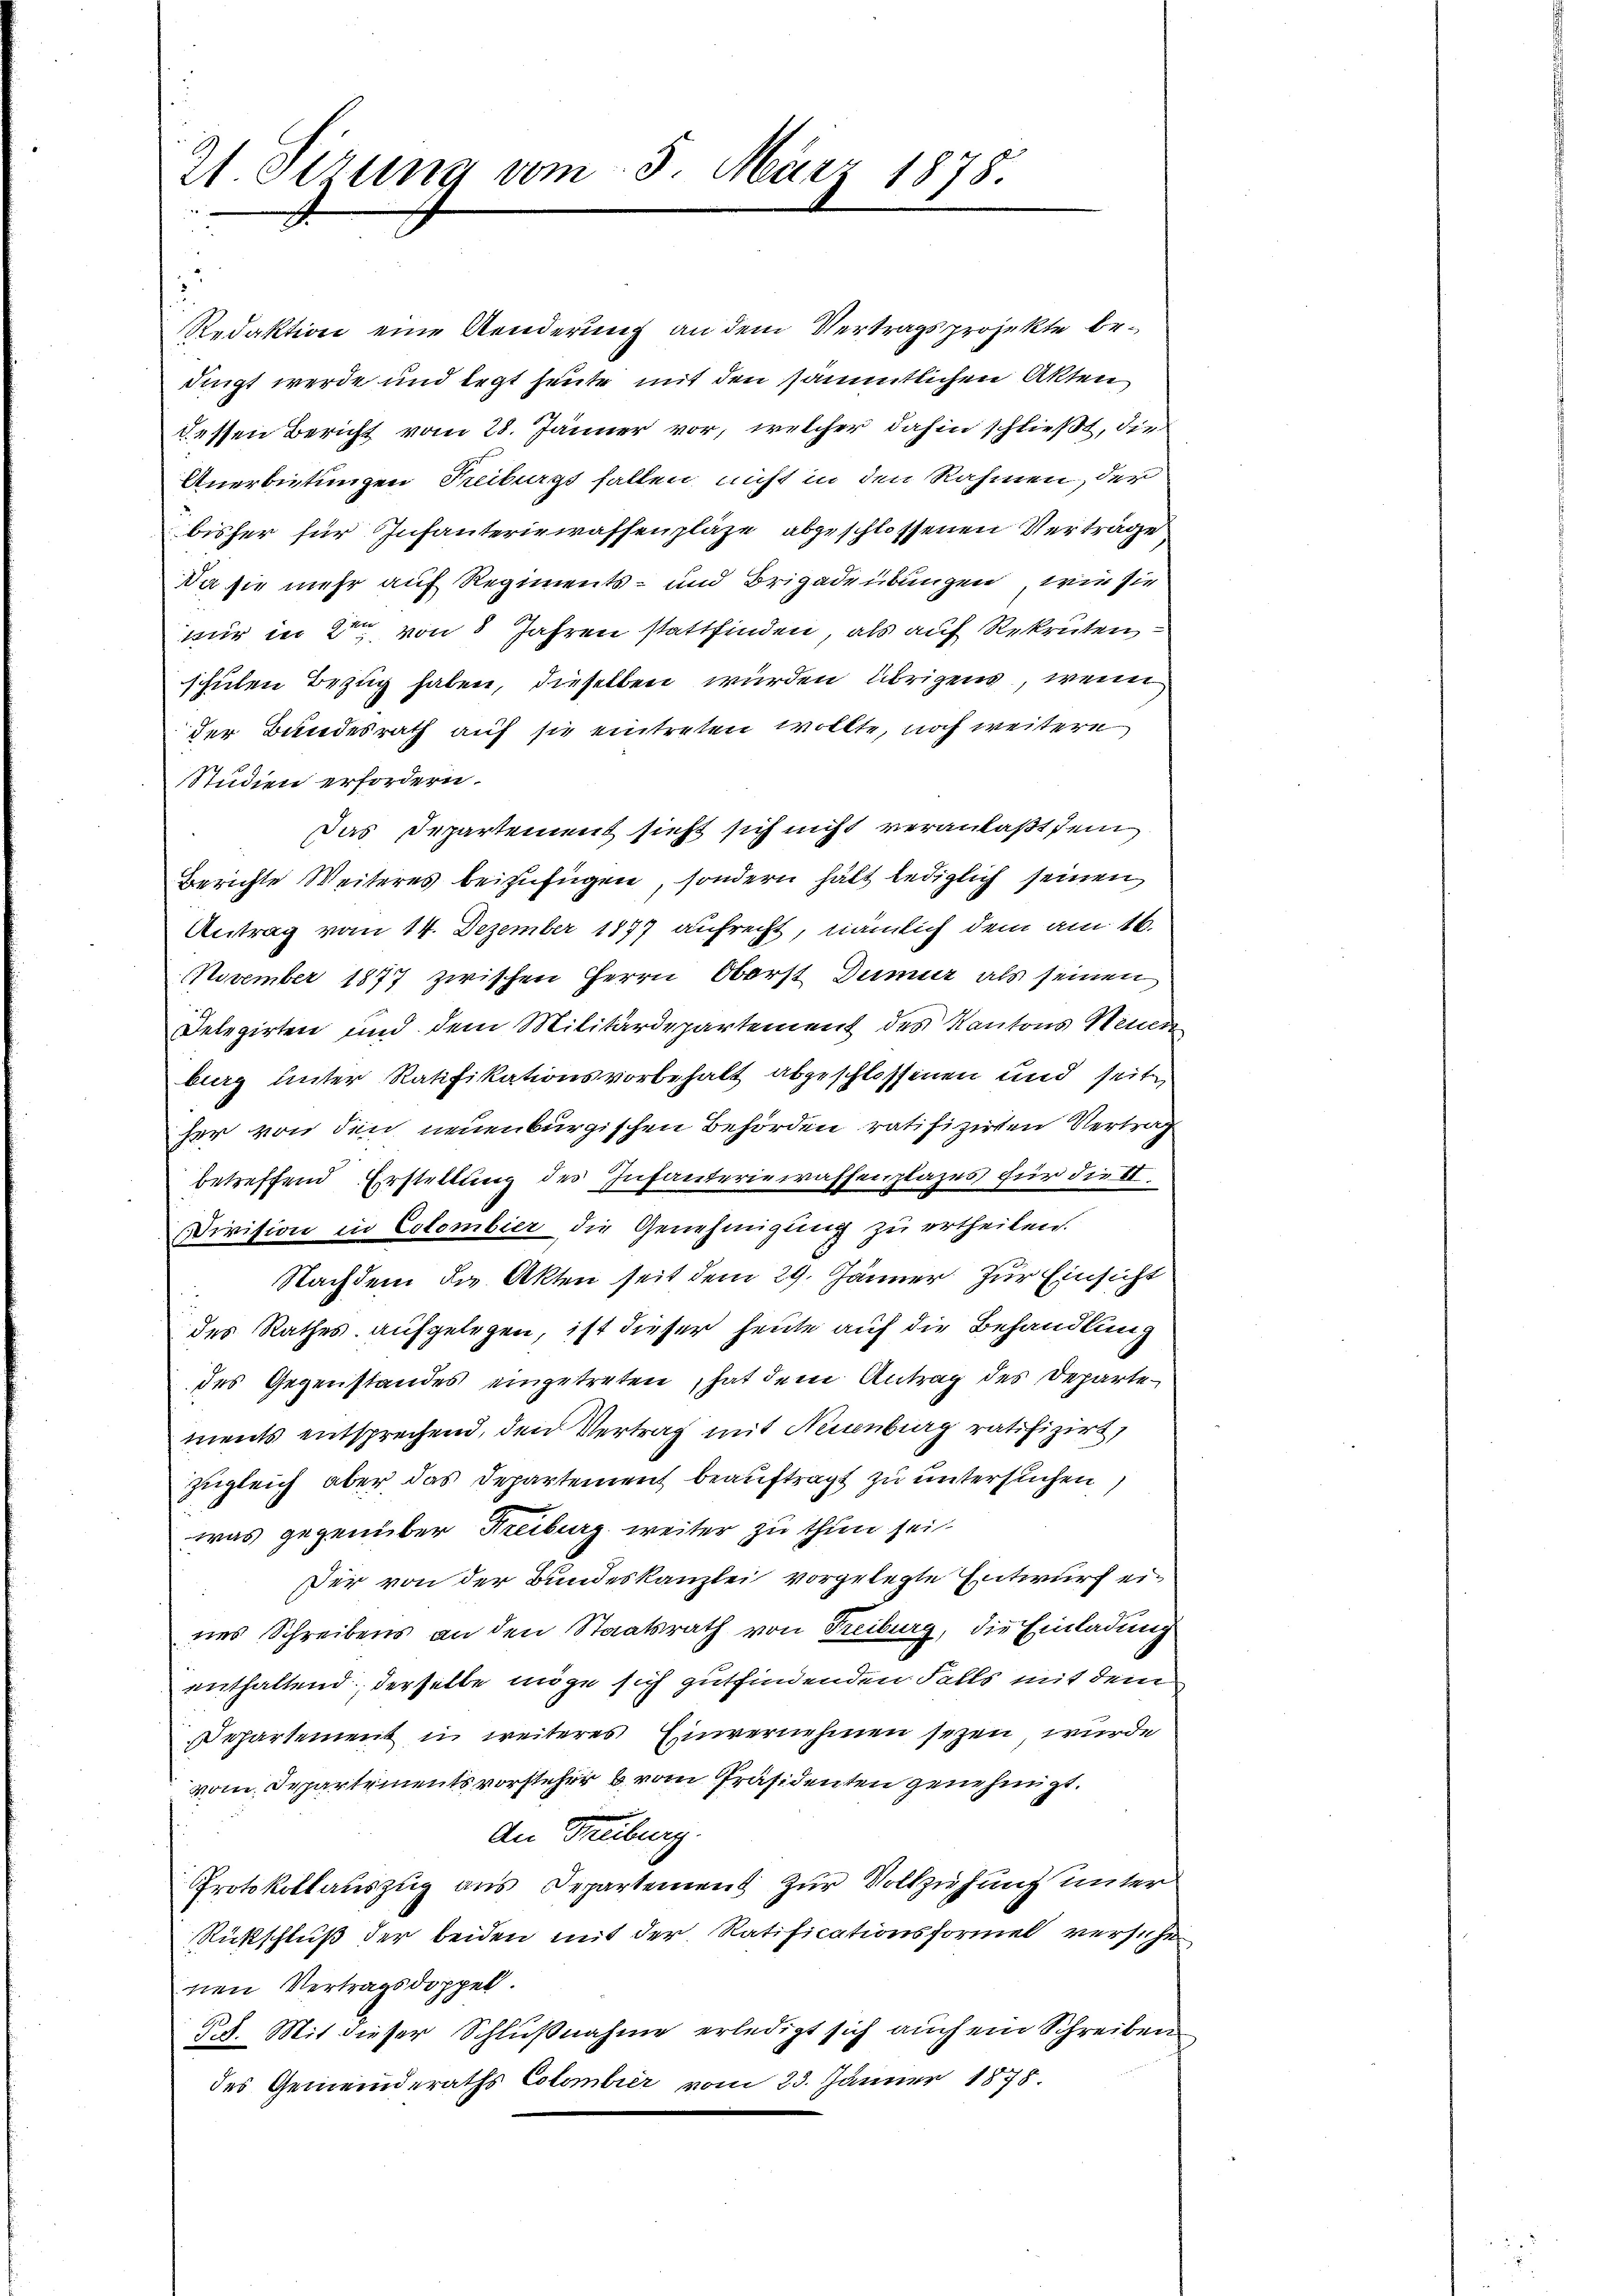
Zt. Sizung vom 3. März 1878.

2

Redaktion eine Aenderung an dem Vertragsprojekte bedingt werde und legt heute mit den sämmtlichen Akten
dessen Bericht vom 28. Jänner vor, welcher dahin schließt, die
Anerbietungen Treiburgs fallen, nicht in den Rahmen, der
bisher für Infanteriewaffenpläge abgeschlossenen Vertrage
Da sie mehr auf Regiments- und Brigadeübungen, wie sie
nur in 2ten von 8 Jahren stattfinden, als auf Rekruten
schulen Bezug haben, dieselben wurden übrigen, wenn
der Bundesrath auf sie eintreten wollte, noch weitere
Studien erfordern.
Das Departement sieht sich nicht veranlaßt sein
Berichte Weiteres beizufügen, sondern hält lediglich seinen
Antrag vom 14. Dezember 1877 aufrecht, nämlich dem am 16.
November 1877 zwischen Herrn Oberst Dummer als seinen
Delegirten und dem Militärdepartement des Kantons Neuer
burg unter Ratifikationsvorbehalt abgeschlossenen und seite
her von den neuenburgischen Behörden ratifizirten Vertrabetreffend Erstellung des Infanteriewaffenplazes für die II.
Division in Colombier die Genehmigung zu ertheilen.
Nachdem die Akten seit dem 29. Jänner zur Einsicht
des Rathes aufgelegen, ist dieser heute auf die Behandlung
des Gegenstandes eingetreten, hat dem Antrag des Departe
ments entsprechend, den Vertrag mit Neuenburg ratifizirt,
zugleich aber das Departement beauftragt zu untersuchen,
was gegenüber Freiburg weiter zu thun sei
Der von der Bundeskanzlei vorgelegte Entwurf eines Schreibens an den Staatsrath von Freiburg, die Einladung
enthaltend, derselbe möge sich gutfindenden Falls mit dem
Departement in weiteres Einvernehmen seyen wurde
vom Departementsvorsteher vom Präsidenten genehmigt.
An Freiburg.
Protokollauszug aus Departement zur Vollziehung unter
Rückschluß der beiden mit der Ratificationsformel versih
nen Vertragsdoppel.
§. 4. Mit dieser Schlußnahme erledigt sich auch ein Schreiben
des Gemeinderaths Colombier vom 23. Jänner 1878.